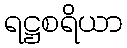
ရဋ္ဌစရိယာ